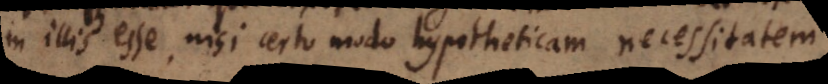
in illis esse, nisi certo modo hypotheticam necessitatem